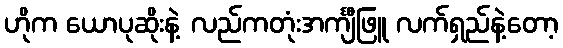
ဟိုက ယောပုဆိုးနဲ့ လည်ကတုံးအင်္ကျီဖြူ လက်ရှည်နဲ့တော့